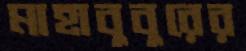
মাহাবুবুরের